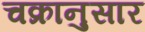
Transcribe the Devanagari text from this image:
चक्रानुसार